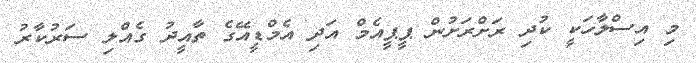
މި އިސްލާހަކީ ކުދި ރަށްރަށުން ޕީޕީއެމް އަދި އެމްޑީއޭގެ ތާއީދު ގެއްލި ސަރުކާރު